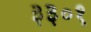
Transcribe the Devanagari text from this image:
३३०१